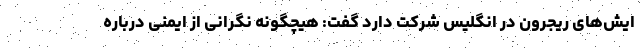
ایش‌های ریجرون در انگلیس شرکت دارد گفت: هیچگونه نگرانی از ایمنی درباره